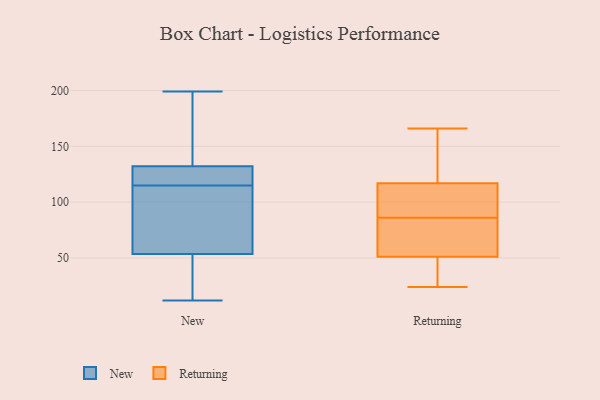
{"axis": {"x": "Gross Profit (USD K)", "y": "Value"}, "legend": ["New", "Returning"], "data": [{"x": "", "y": 79, "type": "New"}, {"x": "", "y": 199, "type": "New"}, {"x": "", "y": 115, "type": "New"}, {"x": "", "y": 115, "type": "New"}, {"x": "", "y": 143, "type": "New"}, {"x": "", "y": 133, "type": "New"}, {"x": "", "y": 130, "type": "New"}, {"x": "", "y": 32, "type": "New"}, {"x": "", "y": 12, "type": "New"}, {"x": "", "y": 45, "type": "New"}, {"x": "", "y": 130, "type": "New"}, {"x": "", "y": 87, "type": "Returning"}, {"x": "", "y": 51, "type": "Returning"}, {"x": "", "y": 119, "type": "Returning"}, {"x": "", "y": 89, "type": "Returning"}, {"x": "", "y": 94, "type": "Returning"}, {"x": "", "y": 62, "type": "Returning"}, {"x": "", "y": 85, "type": "Returning"}, {"x": "", "y": 24, "type": "Returning"}, {"x": "", "y": 117, "type": "Returning"}, {"x": "", "y": 26, "type": "Returning"}, {"x": "", "y": 166, "type": "Returning"}, {"x": "", "y": 28, "type": "Returning"}, {"x": "", "y": 62, "type": "Returning"}, {"x": "", "y": 133, "type": "Returning"}]}